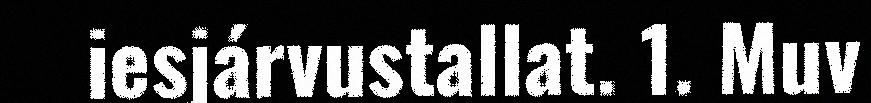
iesjárvustallat. 1. Muv